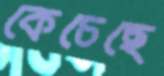
কেচেছে